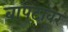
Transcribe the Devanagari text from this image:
बापटांवर